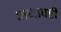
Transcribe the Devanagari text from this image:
अधापही